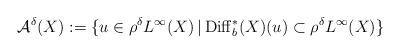
LaTeX: \begin{align*}\mathcal{A}^\delta (X):= \{u\in \rho^\delta L^\infty (X)\,|\, {\rm Diff}^*_b (X) (u)\subset \rho^\delta L^\infty (X)\}\end{align*}